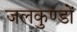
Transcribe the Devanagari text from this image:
जलकुण्डों